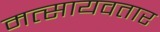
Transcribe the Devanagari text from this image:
मत्सायवतार